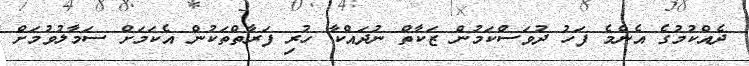
ދެއްކުމުގެ އެންމެ ފަހު ދުވަސްކަމުން ޒަކާތް ނުދައްކާ ހުރި ފަރާތްތަކުން އެކަމަށް ސަމާލުވުމަށް